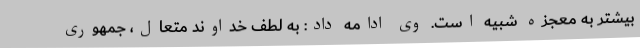
بیشتر به معجزه شبیه است. وی ادامه داد: به لطف خداوند متعال، جمهوری